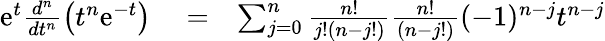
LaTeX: \begin{array}{rlr}{\mathrm{e}^{t}\frac{d^{n}}{dt^{n}}\left(t^{n}\mathrm{e}^{-t}\right)}&{{}=}&{\sum_{j=0}^{n}\frac{n!}{j!(n-j!)}\frac{n!}{(n-j!)}(-1)^{n-j}t^{n-j}}\end{array}